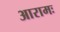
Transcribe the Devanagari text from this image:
आरामः